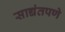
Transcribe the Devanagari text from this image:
साद्यंतपणे